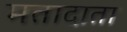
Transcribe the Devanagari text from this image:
मतादाता